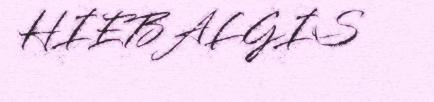
HIEBALGIS